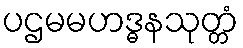
ပဌမမဟဒ္ဓနသုတ္တံ